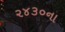
૨૪૩૦ના